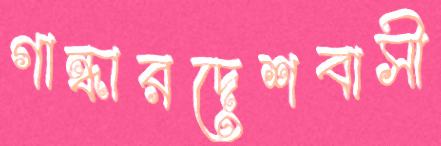
গান্ধারদেশবাসী